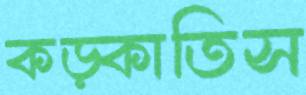
কড়্‌কাতিস